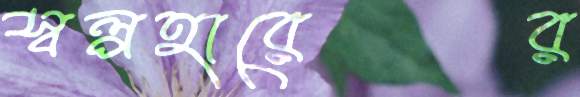
স্বল্পহারের